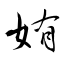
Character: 姷